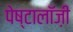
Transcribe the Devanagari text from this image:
पेष्टालॉज़ी